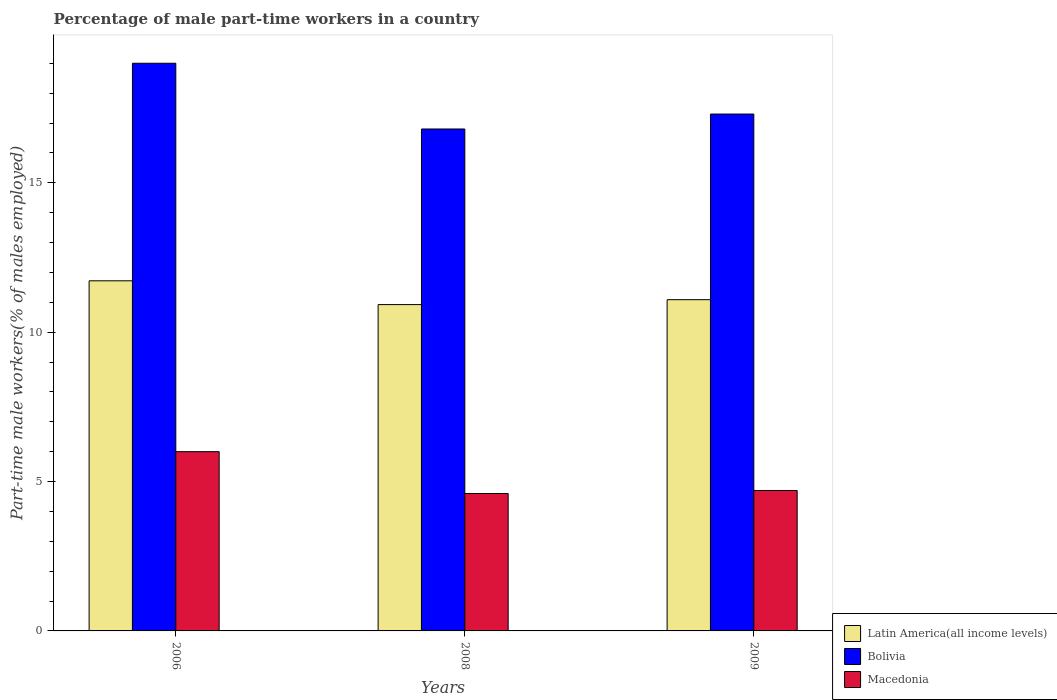
| Years | Latin America(all income levels) | Bolivia | Macedonia |
 | --- | --- | --- | --- |
 | 2006 | 11.7 | 19 | 6 |
 | 2008 | 10.9 | 16.8 | 4.6 |
 | 2009 | 11.1 | 17.3 | 4.7 |